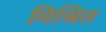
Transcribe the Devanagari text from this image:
मिश्रित